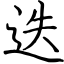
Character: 迭